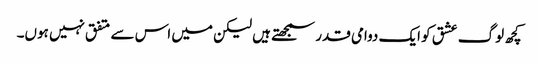
کچھ لوگ عشق کو ایک دوامی قدر سمجھتے ہیں لیکن میں اس سے متفق نہیں ہوں۔